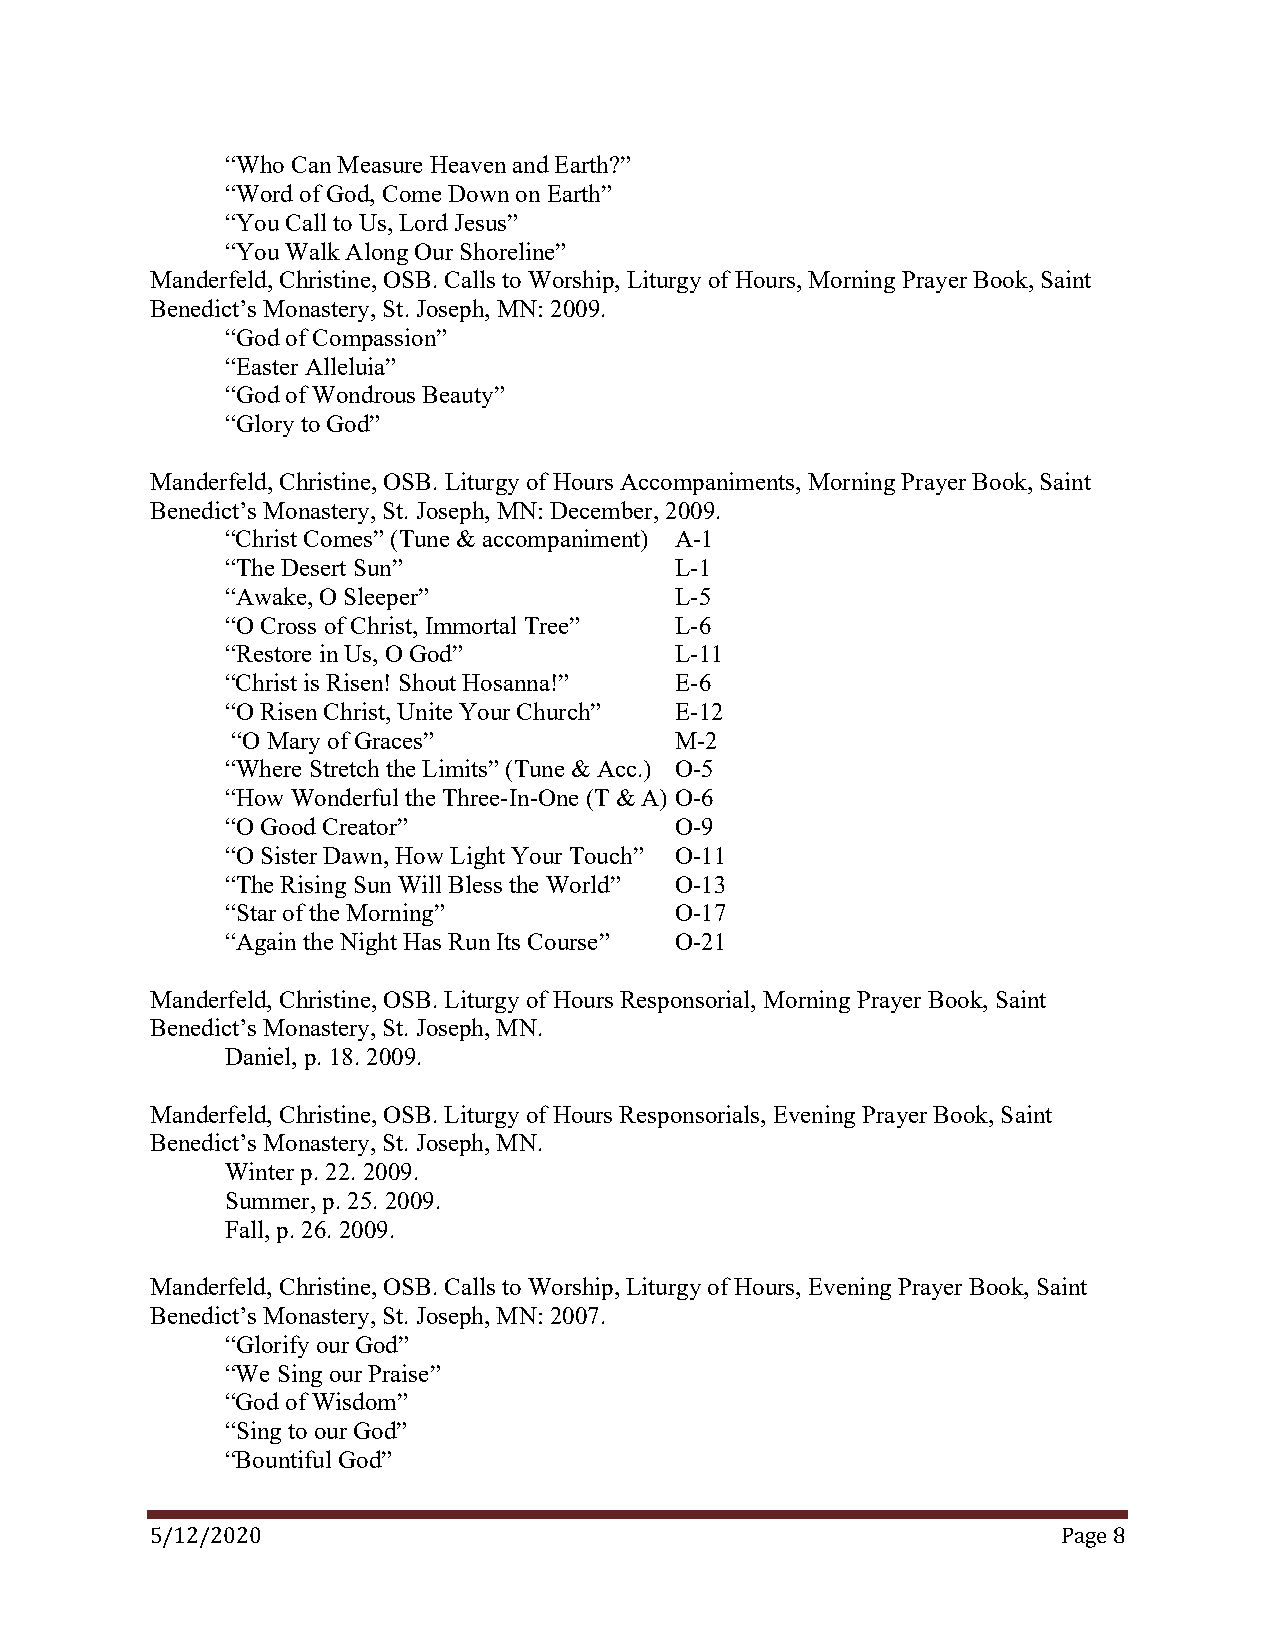
“Who Can Measure Heaven and Earth?”
 “Word of God, Come Down on Earth”
 “You Call to Us, Lord Jesus”
 “You Walk Along Our Shoreline”
 Manderfeld, Christine, OSB. Calls to Worship, Liturgy of Hours, Morning Prayer Book, Saint
 Benedict’s Monastery, St. Joseph, MN: 2009.
 “God of Compassion”
 “Easter Alleluia”
 “God of Wondrous Beauty”
 “Glory to God”
 Manderfeld, Christine, OSB. Liturgy of Hours Accompaniments, Morning Prayer Book, Saint
 Benedict’s Monastery, St. Joseph, MN: December, 2009.
 “Christ Comes” (Tune & accompaniment) A-1
 “The Desert Sun”              L-1
 “Awake, O Sleeper”            L-5
 “O Cross of Christ, Immortal Tree” L-6
 “Restore in Us, O God”        L-11
 “Christ is Risen! Shout Hosanna!” E-6
 “O Risen Christ, Unite Your Church” E-12
 “O Mary of Graces”            M-2
 “Where Stretch the Limits” (Tune & Acc.) O-5
 “How Wonderful the Three-In-One (T & A) O-6
 “O Good Creator”              O-9
 “O Sister Dawn, How Light Your Touch” O-11
 “The Rising Sun Will Bless the World” O-13
 “Star of the Morning”         O-17
 “Again the Night Has Run Its Course” O-21
 Manderfeld, Christine, OSB. Liturgy of Hours Responsorial, Morning Prayer Book, Saint
 Benedict’s Monastery, St. Joseph, MN.
 Daniel, p. 18. 2009.
 Manderfeld, Christine, OSB. Liturgy of Hours Responsorials, Evening Prayer Book, Saint
 Benedict’s Monastery, St. Joseph, MN.
 Winter p. 22. 2009.
 Summer, p. 25. 2009.
 Fall, p. 26. 2009.
 Manderfeld, Christine, OSB. Calls to Worship, Liturgy of Hours, Evening Prayer Book, Saint
 Benedict’s Monastery, St. Joseph, MN: 2007.
 “Glorify our God”
 “We Sing our Praise”
 “God of Wisdom”
 “Sing to our God”
 “Bountiful God”
 5/12/2020                                                   Page 8